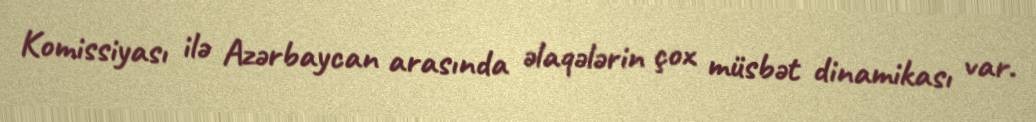
Komissiyası ilə Azərbaycan arasında əlaqələrin çox müsbət dinamikası var.